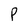
Character: f